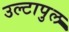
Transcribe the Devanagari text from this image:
उल्‍टापुल